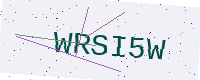
Text: WRSI5W